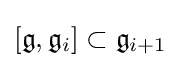
[{\mathfrak {g}},{\mathfrak {g}}_{i}]\subset {\mathfrak {g}}_{i+1}